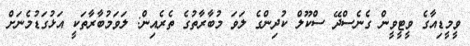
ވީމީޑިއާގެ ވީޓީވީން ގެނެސްދޭ ސްކޫލް ކުދިންގެ ލަވަ މުބާރާތުގެ ތެރެއިން: ލަވަމުބާރާތަކީ އަޅުގަޑުމެނަށް